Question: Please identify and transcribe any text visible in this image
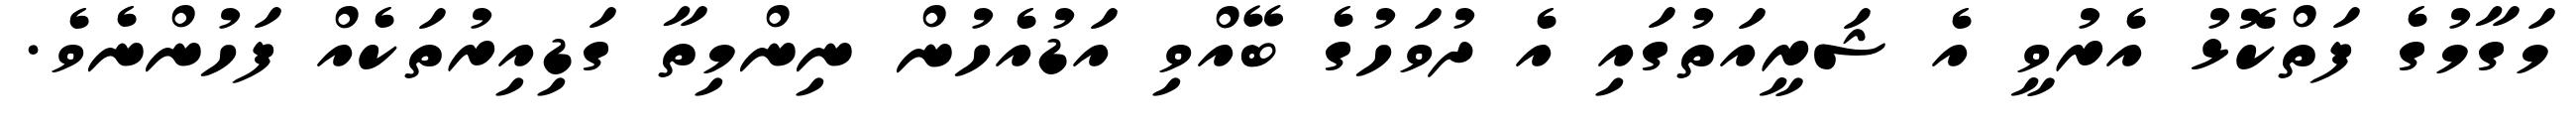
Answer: މަގާމުގެ ފަތްކޮޅު އެރުވީ އެ ޝަރީއަތުގައި އެ ދުވަހުގެ ބޭއްވި އަޑުއެހުން ނިންމިތާ ގަޑިއިރުތަކެއް ފަހުންނެވެ.